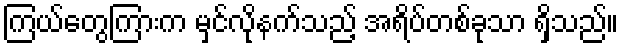
ကြယ်တွေကြားက မှင်လိုနက်သည့် အရိပ်တစ်ခုသာ ရှိသည်။